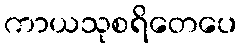
ကာယသုစရိတေပေ